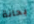
بحانة